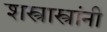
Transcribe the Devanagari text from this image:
शस्त्रास्त्रांनी